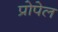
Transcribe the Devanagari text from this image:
प्रोपेल